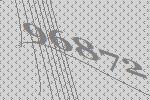
96872